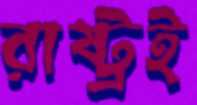
রাষ্ট্রই